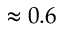
\approx 0 . 6